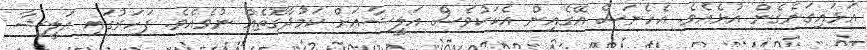
އަޅައިގަނެގެން އުޅެއެވެ. އެހެނަސް އޭގެއިން އެކަކުވެސް އަލީޝާއަށް ކަމުދާގޮތެއް ނުވެއެވެ. ފަހަރުގައި އަލީޝާ